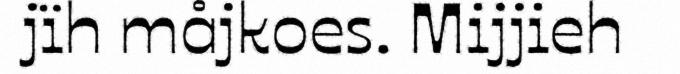
jïh måjkoes. Mijjieh